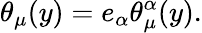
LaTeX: \theta_{\mu}(y)=e_{\alpha}\theta_{\mu}^{\alpha}(y).